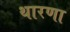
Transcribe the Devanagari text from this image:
थारणा